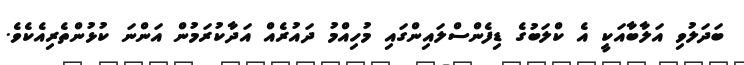
ބަދަލުވި އަލާބާއަކީ އެ ކްލަބުގެ ޑިފެންސްލައިންގައި މުހިއްމު ދައުރެއް އަދާކުރަމުން އަންނަ ކުޅުންތެރިއެކެވެ.